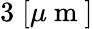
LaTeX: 3\; [\mu\mathrm{~m~}]